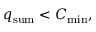
q _ { \mathrm { s u m } } < C _ { \mathrm { m i n } } ,